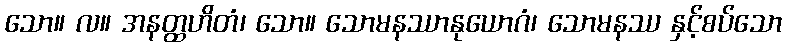
သော။ လ။ အနတ္ထဟိတံ၊ သော။ သောမနဿာနုယောဂံ၊ သောမနဿ နှင့်စပ်သော